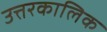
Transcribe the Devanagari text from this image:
उत्तरकालिक